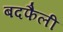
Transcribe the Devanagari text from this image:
बदफैली